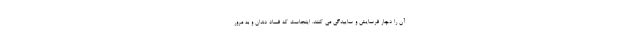
آن را دچار فرسایش و ساییدگی می کنند. اینجاست که فساد دندان و به مرور